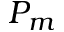
P _ { m }